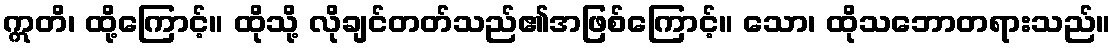
ဣတိ၊ ထို့ကြောင့်။ ထိုသို့ လိုချင်တတ်သည်၏အဖြစ်ကြောင့်။ သော၊ ထိုသဘောတရားသည်။